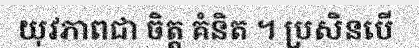
យុវភាពជា ចិត្ត គំនិត ។ ប្រសិនបើ